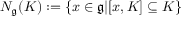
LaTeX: N _ { \mathfrak { g } } ( K ) : = \{ x \in { \mathfrak { g } } | [ x , K ] \subseteq K \}